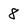
Character: 8